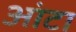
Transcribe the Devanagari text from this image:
आंटा